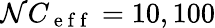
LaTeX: \mathcal{N}C_{\mathrm{{~e~f~f~}}}=10,100